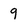
Character: 9